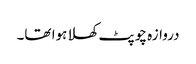
دروازہ چوپٹ کھلا ہوا تھا۔